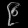
Digit: ၉